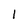
Character: 1